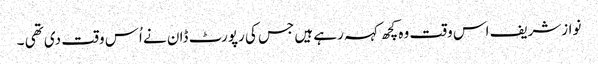
نوازشریف اس وقت وہ کچھ کہہ رہے ہیں جس کی رپورٹ ڈان نے اُس وقت دی تھی ۔